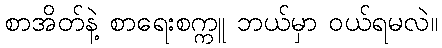
စာအိတ်နဲ့ စာရေးစက္ကူ ဘယ်မှာ ဝယ်ရမလဲ။